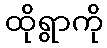
ထိုရွာကို